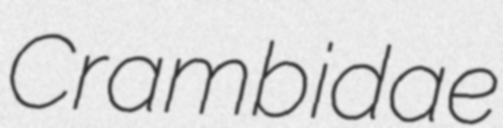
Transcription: Crambidae